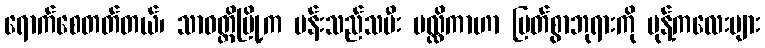
ရောက်စေတတ်တယ်၊ သာဝတ္ထိမြို့က ပန်းသည်သမီး မလ္လိကာဟာ မြတ်စွာဘုရားကို မုန့်ကလေးများ